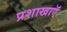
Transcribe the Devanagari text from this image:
प्रशाखाऍं